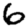
Digit: 6